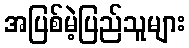
အပြစ်မဲ့ပြည်သူများ